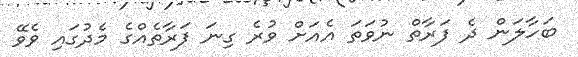
ބަހާލަން ދެ ފަރާތް ނުވަތަ އެއަށް ވުރެ ގިނަ ފަރާތެއްގެ މެދުގައި ވެވޭ